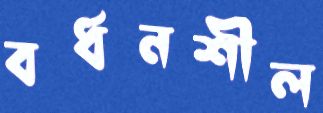
বর্ধনশীল